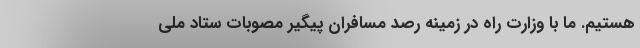
هستیم. ما با وزارت راه در زمینه رصد مسافران پیگیر مصوبات ستاد ملی